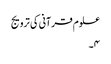
علوم قرآنی کی ترویج
۴۔